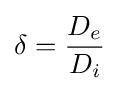
\delta ={\frac {D_{e}}{D_{i}}}